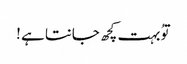
توُ بہت کچھ جانتا ہے !